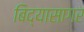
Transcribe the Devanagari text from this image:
बिद्यासागर